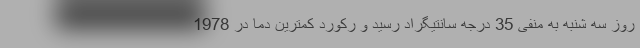
روز سه شنبه به منفی 35 درجه سانتیگراد رسید و رکورد کمترین دما در 1978